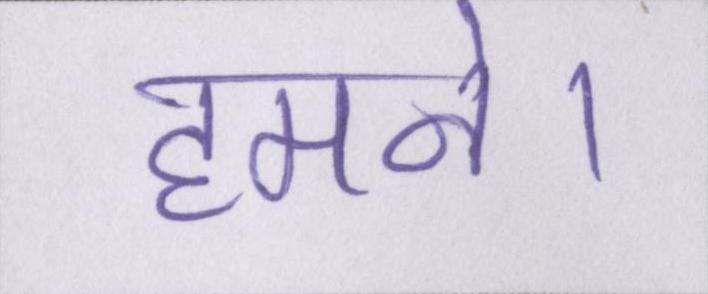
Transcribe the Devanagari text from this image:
हमने।